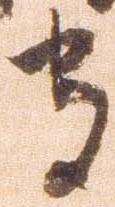
守